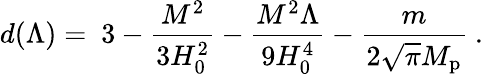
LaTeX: d(\Lambda)=\ 3-{\frac{M^{2}}{3H_{0}^{2}}}-{\frac{M^{2}\Lambda}{9H_{0}^{4}}}-{\frac{m}{2\sqrt\pi M_{\mathrm{p}}}}\ .